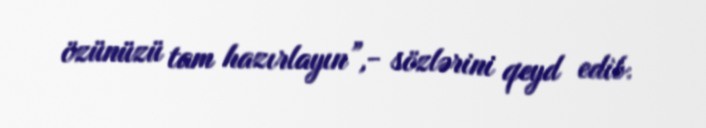
özünüzü tam hazırlayın”,- sözlərini qeyd edib.